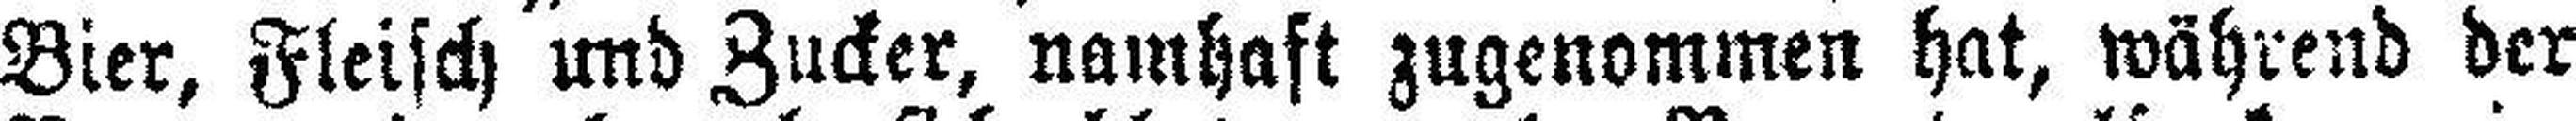
Bier, Fleisch und Zucker, namhaft zugenommen hat, während der